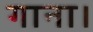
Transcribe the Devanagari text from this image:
गाना।